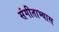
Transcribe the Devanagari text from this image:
संगीताभ्यास